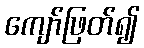
ကျော်ဖြတ်၍